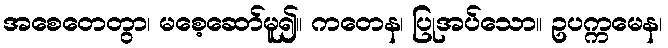
အစေတေတွာ၊ မစေ့ဆော်မူ၍။ ကတေန၊ ပြုအပ်သော။ ဥပက္ကမေန၊